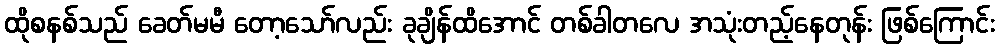
ထိုစနစ်သည် ခေတ်မမီ တော့သော်လည်း ခုချိန်ထိအောင် တစ်ခါတလေ အသုံးတည့်နေတုန်း ဖြစ်ကြောင်း